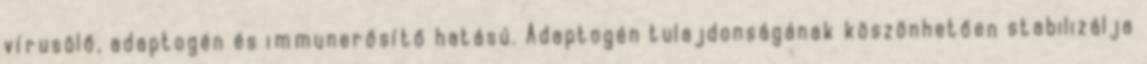
vírusölő, adaptogén és immunerősítő hatású. Adaptogén tulajdonságának köszönhetően stabilizálja